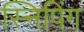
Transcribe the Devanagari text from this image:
स्निपिंग